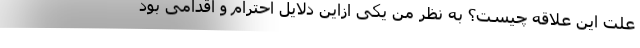
علت این علاقه چیست؟ به نظر من یکی ازاین دلایل احترام و اقدامی بود